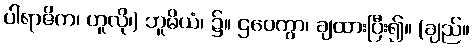
ပါရာဇိက၊ ဟူလို၊) ဘူမိယံ၊ ၌။ ဌပေတွာ၊ ချထားပြီး၍။ (ချည်။